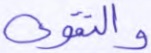
والتقوى